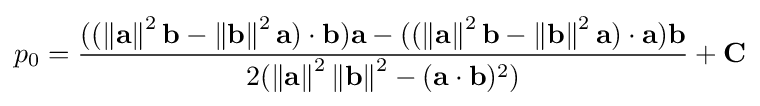
p_{0}={\frac {((\left\|\mathbf {a} \right\|^{2}\mathbf {b} -\left\|\mathbf {b} \right\|^{2}\mathbf {a} )\cdot \mathbf {b} )\mathbf {a} -((\left\|\mathbf {a} \right\|^{2}\mathbf {b} -\left\|\mathbf {b} \right\|^{2}\mathbf {a} )\cdot \mathbf {a} )\mathbf {b} }{2(\left\|\mathbf {a} \right\|^{2}\left\|\mathbf {b} \right\|^{2}-(\mathbf {a} \cdot \mathbf {b} )^{2})}}+\mathbf {C}